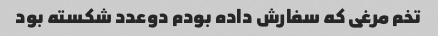
تخم مرغی که سفارش داده بودم دوعدد شکسته بود